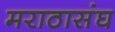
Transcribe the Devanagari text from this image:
मराठासंघ